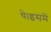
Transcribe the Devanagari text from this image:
थे।इसमें